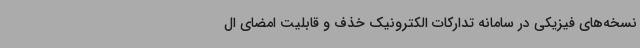
نسخه‌های فیزیکی در سامانه تدارکات الکترونیک خذف و قابلیت امضای ال